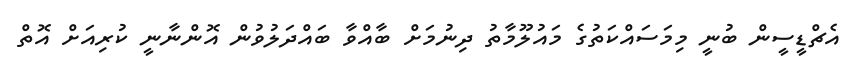
އެޗްޑީސީން ބުނީ މިމަސައްކަތުގެ މައުލޫމާތު ދިނުމަށް ބާއްވާ ބައްދަލުވުން އޮންނާނީ ކުރިއަށް އޮތް